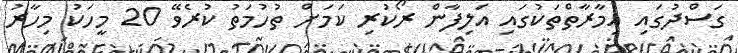
ގަސްދުގައި އިމާރާތްތަކުގައި އަލިފާން ރޯކުރި ކަމަށް ތުހުމަތު ކުރެވޭ 20 މީހަކު މިހާރު